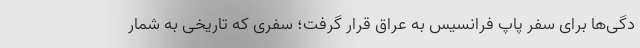
دگی‌ها برای سفر پاپ فرانسیس به عراق قرار گرفت؛ سفری که تاریخی به شمار